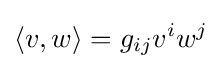
\langle v,w\rangle =g_{ij}v^{i}w^{j}